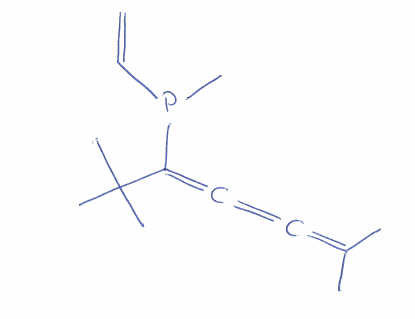
Simplified molecular-input line-entry system (SMILES) notation of the given molecule:
CC(=C=C=C(C(C)(C)C)P(C)C=C)C